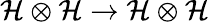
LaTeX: \mathcal{H}\otimes\mathcal{H}\rightarrow\mathcal{H}\otimes\mathcal{H}